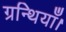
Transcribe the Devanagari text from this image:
ग्रन्थियाँ।